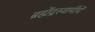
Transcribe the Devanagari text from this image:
ब्रह्मेंद्रस्वामींचें